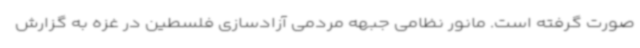
صورت گرفته است. مانور نظامی جبهه مردمی آزادسازی فلسطین در غزه به گزارش